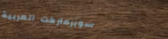
سوبرماركت العربية